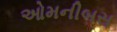
ઓમનીબસ